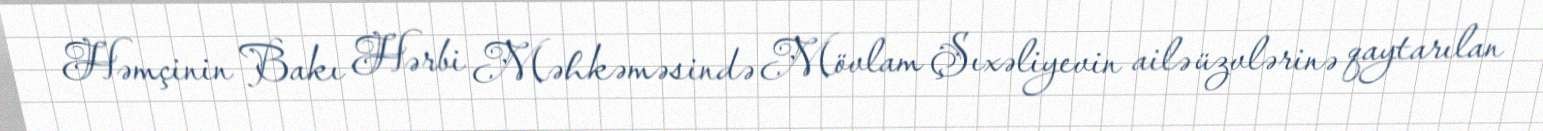
Həmçinin Bakı Hərbi Məhkəməsində Mövlam Şıxəliyevin ailə üzvlərinə qaytarılan